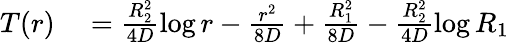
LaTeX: \begin{array}{rl}{T(r)}&{{}=\frac{R_{2}^{2}}{4D}\log r-\frac{r^{2}}{8D}+\frac{R_{1}^{2}}{8D}-\frac{R_{2}^{2}}{4D}\log R_{1}}\end{array}